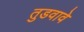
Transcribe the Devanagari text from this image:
तुडवावे